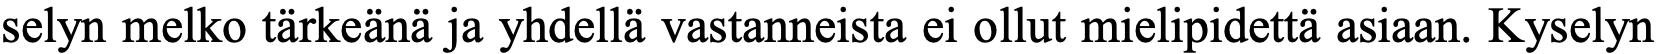
selyn melko tärkeänä ja yhdellä vastanneista ei ollut mielipidettä asiaan. Kyselyn